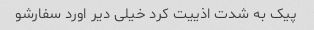
پیک به شدت اذییت کرد خیلی دیر اورد سفارشو